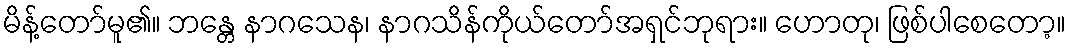
မိန့်တော်မူ၏။ ဘန္တေ နာဂသေန၊ နာဂသိန်ကိုယ်တော်အရှင်ဘုရား။ ဟောတု၊ ဖြစ်ပါစေတော့။